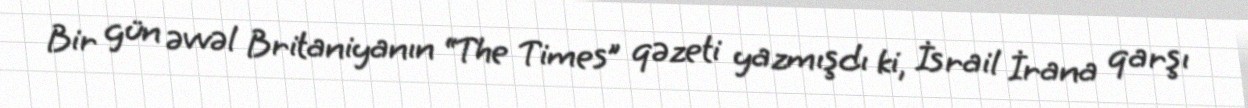
Bir gün əvvəl Britaniyanın “The Times” qəzeti yazmışdı ki, İsrail İrana qarşı